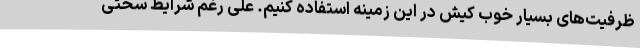
ظرفیت‌های بسیار خوب کیش در این زمینه استفاده کنیم. علی رغم شرایط سختی